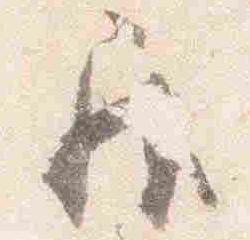
居